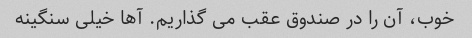
خوب، آن را در صندوق عقب می گذاریم. آها خیلی سنگینه